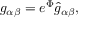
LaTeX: g _ { \alpha \beta } = e ^ { \Phi } \hat { g } _ { \alpha \beta } ,